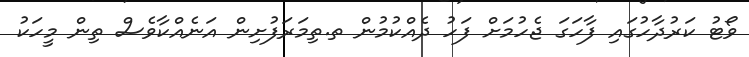
ވޯޓު ކަރުދާހުގައި ފާހަގަ ޖެހުމަށް ފަހު ދެއްކުމުން ތ.ތިމަރަފުށިން އަނެއްކާވެސް ތިން މީހަކު